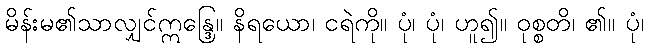
မိန်းမ၏သာလျှင်ဣန္ဒြေ။ နိရယော၊ ငရဲကို။ ပုံ၊ ပုံ၊ ဟူ၍။ ဝုစ္စတိ၊ ၏။ ပုံ၊